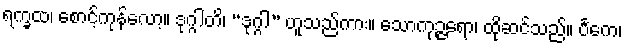
ရက္ခထ၊ စောင့်ကုန်လော့။ ဒုဂ္ဂါတိ၊ “ဒုဂ္ဂါ” ဟူသည်ကား။ သောကုဉ္ဇရော၊ ထိုဆင်သည်။ ပင်္ကေ၊